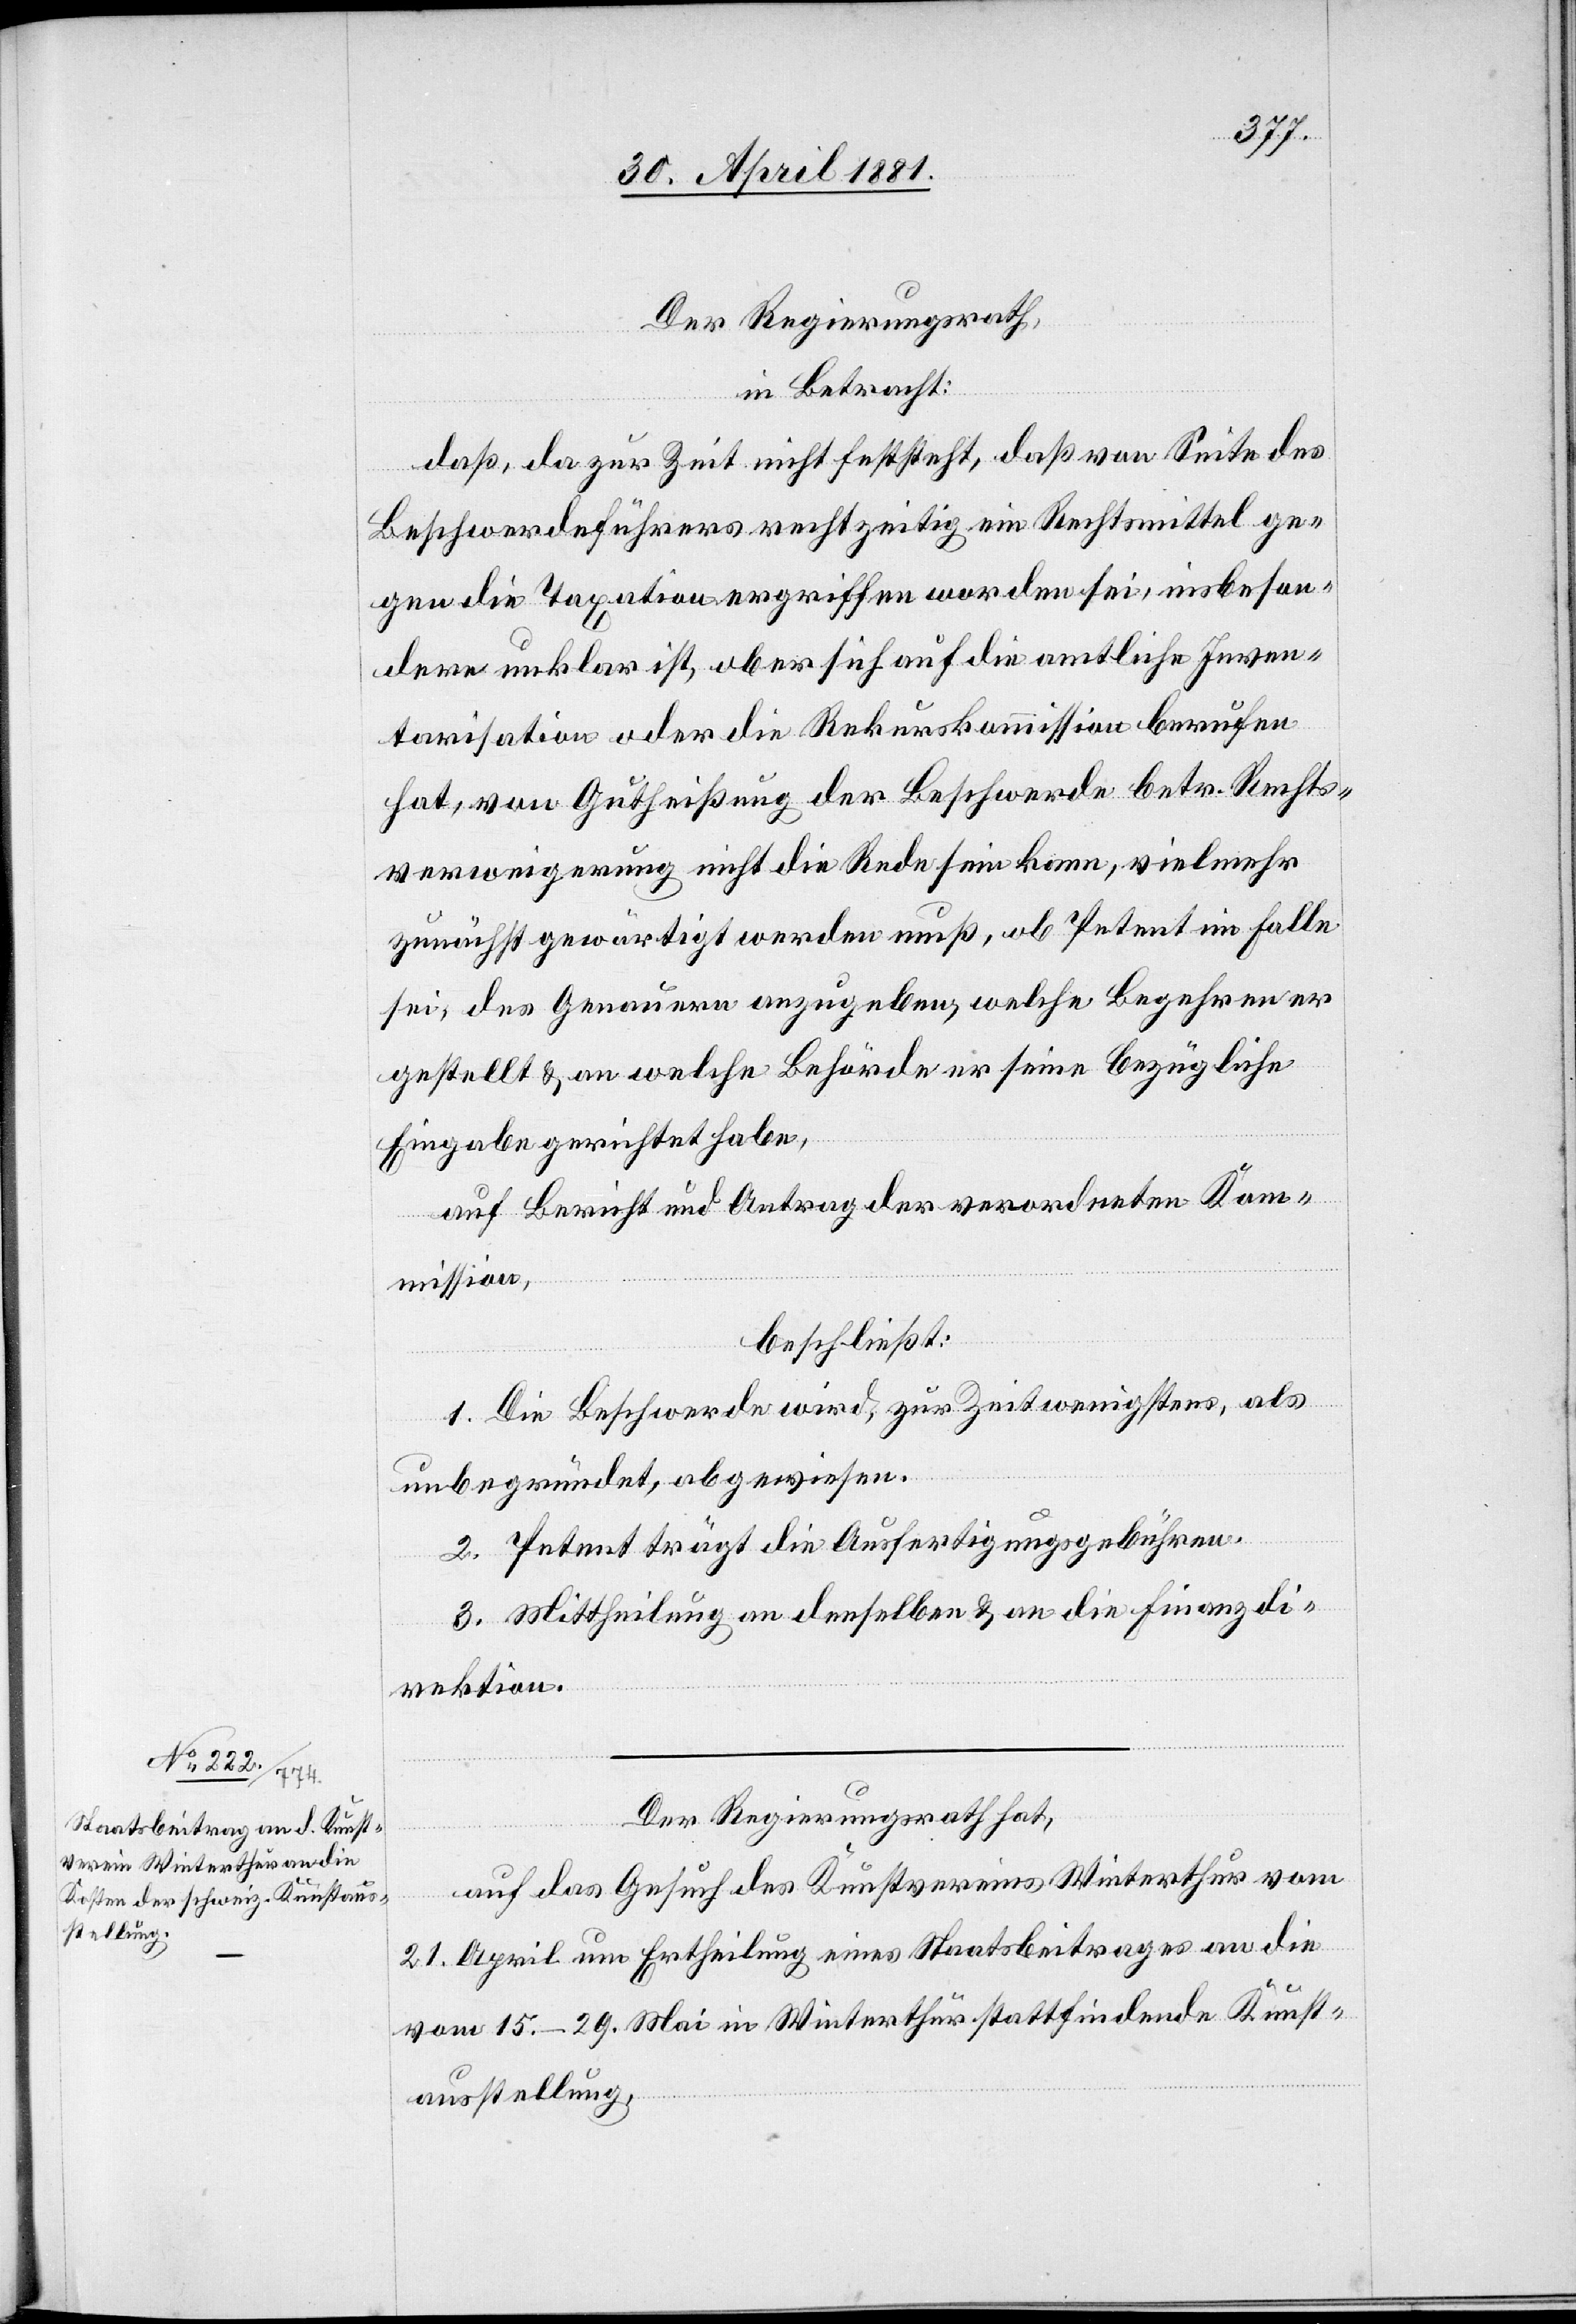
Der Regierungsrath,
in Betracht:
daß, da zur Zeit nicht feststeht, daß von Seite des
Beschwerdeführers rechtzeitig ein Rechtsmittel ge¬
gen die Taxation ergriffen worden sei, insbeson¬
dere unklar ist, ob er sich auf die amtliche Inven¬
tarisation oder die Rekurskommission berufen
hat, von Gutheißung der Beschwerde betr. Rechts¬
verweigerung nicht die Rede sein kann, vielmehr
zunächst gewärtigt werden muß, ob Petent im Falle
sei, des Genauern anzugeben, welche Begehren er
gestellt & an welche Behörde er seine bezügliche
Eingabe gerichtet habe,
auf Bericht und Antrag der Verordneten Kom¬
mission,
beschließt:
1. Die Beschwerde wird, zur Zeit wenigstens, als
unbegründet, abgewiesen.
2. Petent trägt die Ausfertigungsgebühren.
3. Mittheilung an denselben & an die Finanzdi¬
rektion.
Der Regierungsrath hat,
auf das Gesuch des Kunstvereins Winterthur vom
21. April um Ertheilung eines Staatsbeitrages an die
vom 15.–29. Mai in Winterthur stattfindende Kunst¬
ausstellung,